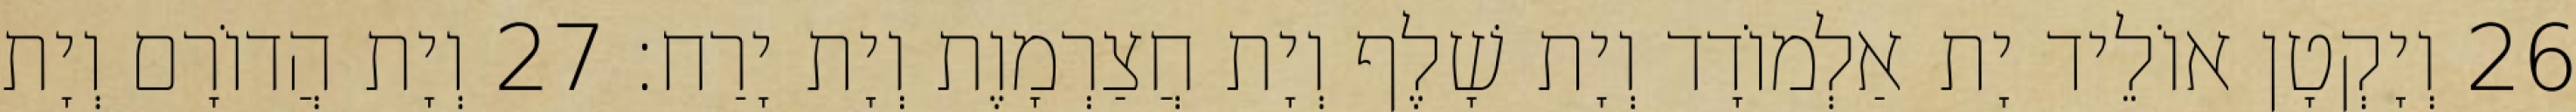
26 וְיָקְטָן אוֹלֵיד יָת אַלְמוֹדָד וְיָת שָׁלֶף וְיָת חֲצַרְמָוֶת וְיָת יָרַח׃ 27 וְיָת הֲדוֹרָם וְיָת